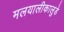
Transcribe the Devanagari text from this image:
मलयालीकालुडे